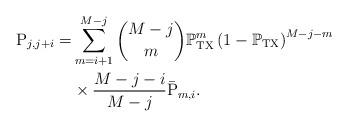
LaTeX: \begin{align*} {\rm P}_{j,j+i} =&\sum^{M-j}_{m=i+1} {M-j \choose m} \mathbb{P}_{\rm TX}^m \left(1- \mathbb{P}_{\rm TX}\right) ^{M-j-m}\\ &\times \frac{M-j-i}{M-j}\bar{\rm P}_{m,i}. \end{align*}